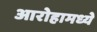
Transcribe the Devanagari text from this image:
आरोहामध्ये